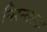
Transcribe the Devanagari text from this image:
निरन्‍तरता